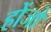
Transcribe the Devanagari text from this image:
होंजो